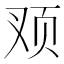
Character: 𲊹